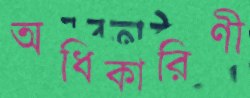
অধিকারিণী